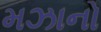
મઝાનો